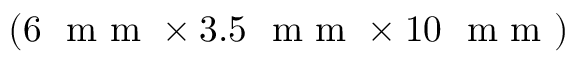
( 6 ~ \mathrm { ~ m ~ m ~ } \times 3 . 5 ~ \mathrm { ~ m ~ m ~ } \times 1 0 ~ \mathrm { ~ m ~ m ~ } )